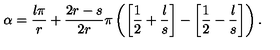
\alpha = \frac { l \pi } { r } + \frac { 2 r - s } { 2 r } \pi \left( \left[ \frac { 1 } { 2 } + \frac { l } { s } \right] - \left[ \frac { 1 } { 2 } - \frac { l } { s } \right] \right) .